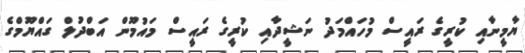
ޔާމީނާއި ކުރީގެ ރައީސް މުހައްމަދު ނަޝީދާއި ކުރީގެ ރައީސް މައުމޫން އަބްދުލް ގައްޔޫމްގެ